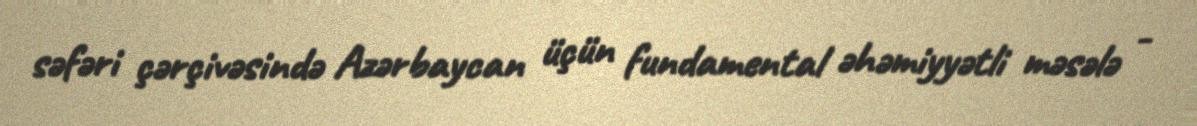
səfəri çərçivəsində Azərbaycan üçün fundamental əhəmiyyətli məsələ -